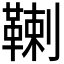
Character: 𩋷